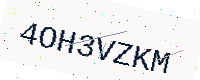
Text: 4OH3VZKM